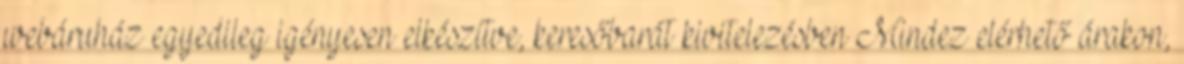
webáruház egyedileg igényesen elkészítve, keresőbarát kivitelezésben Mindez elérhető árakon,